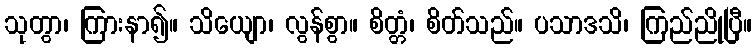
သုတွာ၊ ကြားနာ၍။ သိယျော၊ လွန်စွာ။ စိတ္တံ၊ စိတ်သည်။ ပသာဒသိ၊ ကြည်ညိုပြီ။